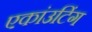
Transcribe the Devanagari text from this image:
एकांउटिंग